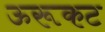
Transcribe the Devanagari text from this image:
ऊरूकट